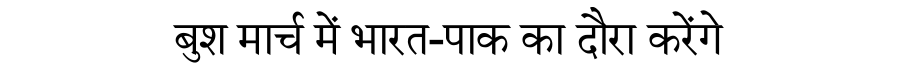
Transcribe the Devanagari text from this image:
बुश मार्च में भारत-पाक का दौरा करेंगे